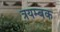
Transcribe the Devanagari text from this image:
त्रयम्बक